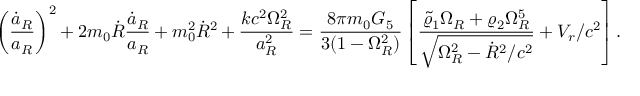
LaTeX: \left( { \frac { \dot { a } _ { R } } { a _ { R } } } \right) ^ { 2 } + 2 m _ { 0 } \dot { R } { \frac { \dot { a } _ { R } } { a _ { R } } } + m _ { 0 } ^ { 2 } \dot { R } ^ { 2 } + { \frac { k c ^ { 2 } \Omega _ { R } ^ { 2 } } { a _ { R } ^ { 2 } } } = { \frac { 8 \pi m _ { 0 } G _ { 5 } } { 3 ( 1 - \Omega _ { R } ^ { 2 } ) } } \left[ { \frac { \tilde { \varrho } _ { 1 } \Omega _ { R } + \varrho _ { 2 } \Omega _ { R } ^ { 5 } } { \sqrt { \Omega _ { R } ^ { 2 } - \dot { R } ^ { 2 } / c ^ { 2 } } } } + V _ { r } / c ^ { 2 } \right] .